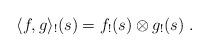
LaTeX: \begin{align*}\langle f,g\rangle_!(s) = f_!(s)\otimes g_!(s)\;.\end{align*}